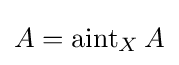
A=\operatorname {aint} _{X}A